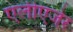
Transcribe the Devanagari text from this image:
एलीएजेर